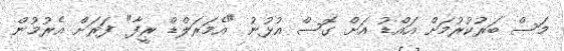
މަސް ބަރުކުރުމަށް އައްޑު އަށް ގޮސް އުޅުނު "އެމަރަލްޑް ރީފާ" ފަރަށް އެރުމުން